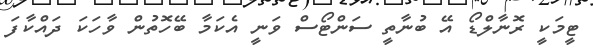
ޓީމަކީ ރޮނާލްޑޯ އޭ ބުނާތީ ސަންޓޯސް ވަނީ އެކަމާ ބޭހޮތުން ވާހަކަ ދައްކާފަ